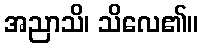
အညာသိ၊ သိလေ၏။